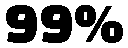
99%